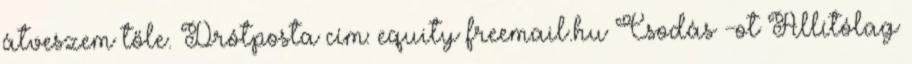
átveszem tőle. Drótposta cím: equity freemail.hu Csodás -ot Állítólag